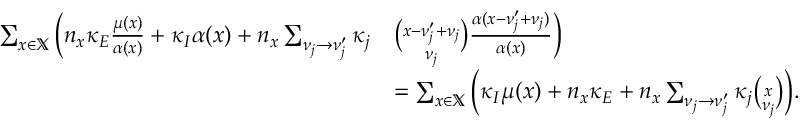
\begin{array} { r l } { \sum _ { x \in \mathbb X } \bigg ( n _ { x } \kappa _ { E } \frac { \mu ( x ) } { \alpha ( x ) } + \kappa _ { I } \alpha ( x ) + n _ { x } \sum _ { \nu _ { j } \to \nu _ { j } ^ { \prime } } \kappa _ { j } } & { \binom { x - \nu _ { j } ^ { \prime } + \nu _ { j } } { \nu _ { j } } \frac { \alpha ( x - \nu _ { j } ^ { \prime } + \nu _ { j } ) } { \alpha ( x ) } \bigg ) } \\ & { = \sum _ { x \in \mathbb X } \bigg ( \kappa _ { I } \mu ( x ) + n _ { x } \kappa _ { E } + n _ { x } \sum _ { \nu _ { j } \to \nu _ { j } ^ { \prime } } \kappa _ { j } \binom { x } { \nu _ { j } } \bigg ) . } \end{array}